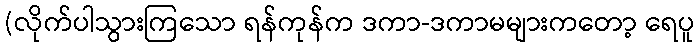
(လိုက်ပါသွားကြသော ရန်ကုန်က ဒကာ-ဒကာမများကတော့ ရေပူ